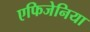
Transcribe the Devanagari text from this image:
एफिजेनिया